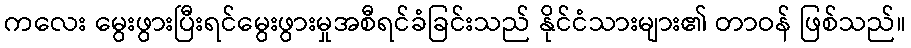
ကလေး မွေးဖွားပြီးရင်မွေးဖွားမှုအစီရင်ခံခြင်းသည် နိုင်ငံသားများ၏ တာဝန် ဖြစ်သည်။